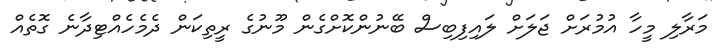
މަރާލި މީހާ އުމުރަށް ޖަލަށް ލައިފިބިސް ބޭނުންކޮށްގެން މޫނުގެ ރީތިކަން ދެމެހެއްޓިދާނެ ގޮތެއް